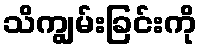
သိကျွမ်းခြင်းကို